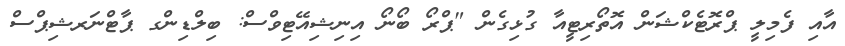
އާއި ފެމިލީ ޕްރޮޓެކްޝަން އޮތޯރިޓީއާ ގުޅިގެން "ޕްރޯ ބޯނޯ އިނިޝިއޭޓިވްސް: ބިލްޑިންގ ޕާޓްނަރޝިޕްސް